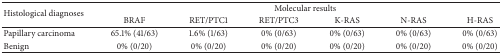
<table><thead><tr><td rowspan="2"><b>Histological diagnoses</b></td><td colspan="6"><b>Molecular results</b></td></tr><tr><td><b>BRAF</b></td><td><b>RET/PTC1</b></td><td><b>RET/PTC3</b></td><td><b>K-RAS</b></td><td><b>N-RAS</b></td><td><b>H-RAS</b></td></tr></thead><tbody><tr><td>Papillary carcinoma</td><td>65.1% (41/63)</td><td>1.6% (1/63)</td><td>0% (0/63)</td><td>0% (0/63)</td><td>0% (0/63)</td><td>0% (0/63)</td></tr><tr><td>Benign</td><td>0% (0/20)</td><td>0% (0/20)</td><td>0% (0/20)</td><td>0% (0/20)</td><td>0% (0/20)</td><td>0% (0/20)</td></tr></tbody></table>